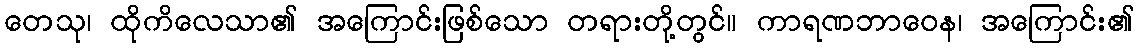
တေသု၊ ထိုကိလေသာ၏ အကြောင်းဖြစ်သော တရားတို့တွင်။ ကာရဏဘာဝေန၊ အကြောင်း၏